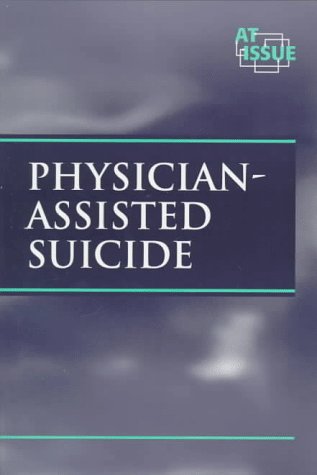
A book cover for At Issue Series - Physician-Assisted Suicide (paperback edition); Teen & Young Adult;